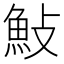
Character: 𮫱